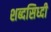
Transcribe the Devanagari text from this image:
शब्दसिध्दी